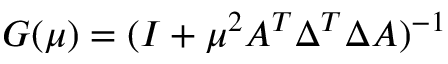
G ( \mu ) = ( I + \mu ^ { 2 } A ^ { T } \Delta ^ { T } \Delta A ) ^ { - 1 }